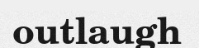
outlaugh